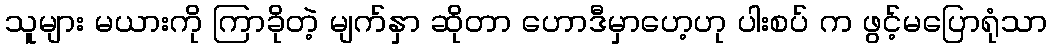
သူများ မယားကို ကြာခိုတဲ့ မျက်နှာ ဆိုတာ ဟောဒီမှာဟေ့ဟု ပါးစပ် က ဖွင့်မပြောရုံသာ